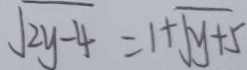
\sqrt { 2 y - 4 } = 1 + \sqrt { y + 5 }